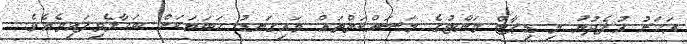
އަހަރު އުފެދުނު މި ޑިޕާޓް މަންޓުގެ މަސައްކަތްތައް މައިގަނޑު ހަބަޔަކަށް ބަހާލެވިފައިވެއެވެ.